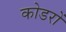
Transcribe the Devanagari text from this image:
कोडरों